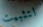
لتثبيت